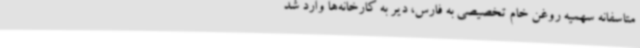
متاسفانه سهمیه روغن خام تخصیصی به فارس، دیر به کارخانه‌ها وارد شد